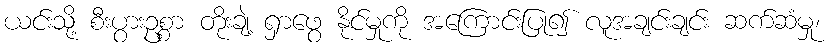
ယင်းသို့ စီးပွားဥစ္စာ တိုးချဲ့ ရှာဖွေ နိုင်မှုကို အကြောင်းပြု၍ လူအချင်းချင်း ဆက်ဆံမှု၊